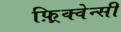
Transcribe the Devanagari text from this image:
फ़्रिक्वेन्सी